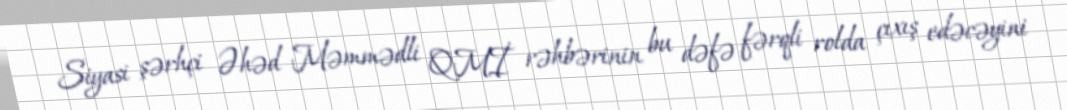
Siyasi şərhçi Əhəd Məmmədli QMİ rəhbərinin bu dəfə fərqli rolda çıxış edəcəyini